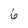
Character: 6